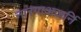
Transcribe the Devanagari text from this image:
नारगाअजर्नि